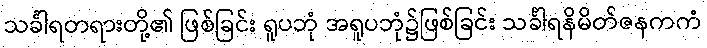
သင်္ခါရတရားတို့၏ ဖြစ်ခြင်း ရူပဘုံ အရူပဘုံ၌ဖြစ်ခြင်း သင်္ခါရနိမိတ်ဇနကကံ